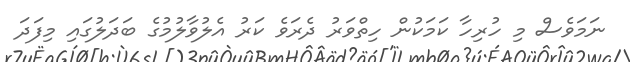
ނަމަވެސް މި ހުރިހާ ކަމަކުން ހިތްވަރު ދެރަވެ ކަރު އެލުވާލުމުގެ ބަދަލުގައި މިފަދަ